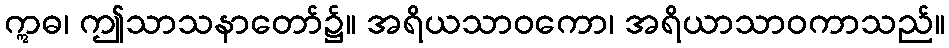
ဣဓ၊ ဤသာသနာတော်၌။ အရိယသာဝကော၊ အရိယာသာဝကာသည်။